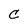
Character: C